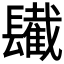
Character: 𨲹